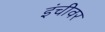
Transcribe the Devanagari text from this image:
इंचीवर